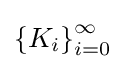
\left\{K_{i}\right\}_{i=0}^{\infty }